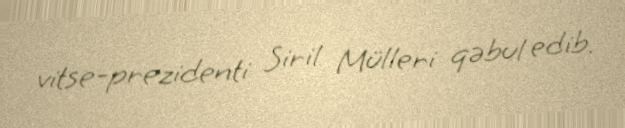
vitse-prezidenti Siril Mülleri qəbul edib.